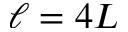
\ell = 4 L